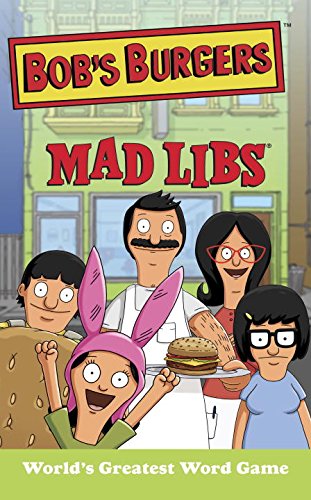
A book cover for Bob's Burgers Mad Libs; Billy Merrell; Children's Books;